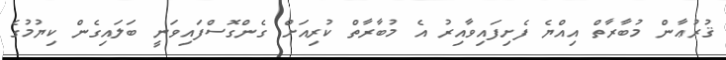
ޤުރުޢާން މުބާރާތް އިއްޔެ ފެށިފައިވާއިރު އެ މުބާރާތް ކުރިއަށް ގެންގޮސްފައިވަނީ ބަލައިގެން ކިޔުމުގެ